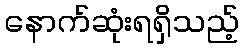
နောက်ဆုံးရရှိသည့်